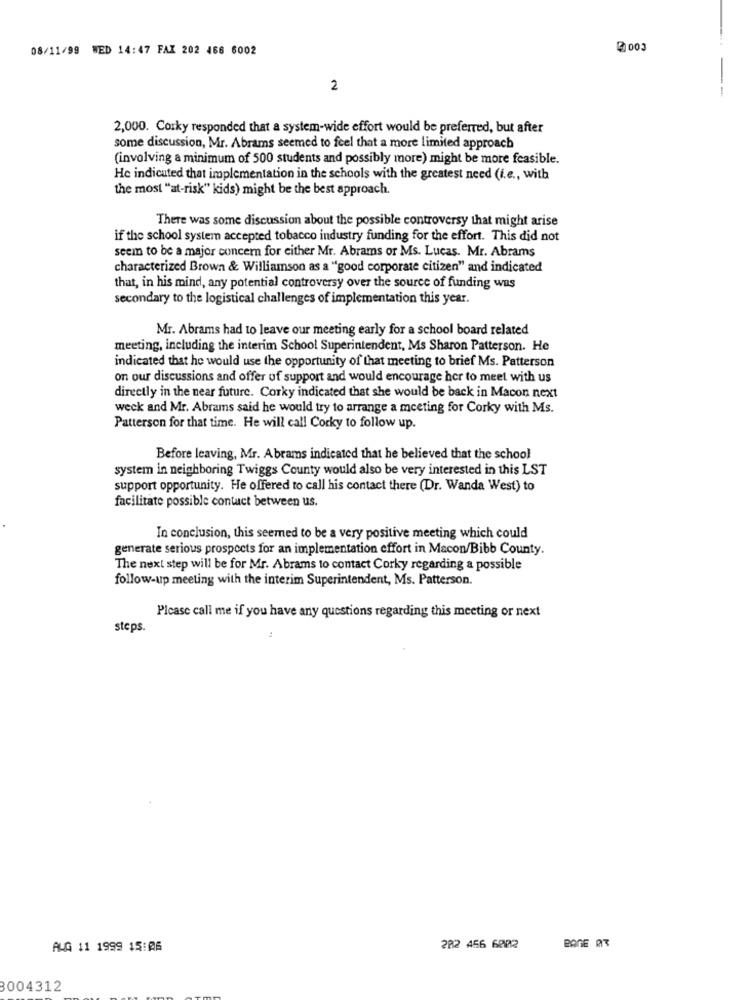
08/11/99 WED 14:47 FAX 202 466 6002
003
2
2,000. Corky responded that a system-wide effort would be preferred, but after
some discussion, Mr. Abrams seemed to feel that a more limited approach
(involving a minimum of 500 students and possibly more) might be more feasible.
He indicated that implementation in the schools with the greatest need (i.e ., with
the most "at-risk" kids) might be the best approach.
There was some discussion about the possible controversy that might arise
if the school system accepted tobacco industry funding for the effort. This did not
seem to be a major concern for either Mr. Abrams or Ms. Lucas. Mr. Abrams
characterized Brown & Williamson as a "good corporate citizen" and indicated
that, in his mind, any potential controversy over the source of funding was
secondary to the logistical challenges of implementation this year.
Mr. Abrams had to leave our meeting early for a school board related
meeting, including the interim School Superintendent, Ms Sharon Patterson. He
indicated that he would use the opportunity of that meeting to brief Ms. Patterson
on our discussions and offer of support and would encourage her to meet with us
directly in the near future. Corky indicated that she would be back in Macon next
weck and Mr. Abrams said he would try to arrange a meeting for Corky with Ms.
Patterson for that time. He will call Corky to follow up.
Before leaving, Mr. Abrams indicated that he believed that the school
system in neighboring Twiggs County would also be very interested in this LST
support opportunity. He offered to call his contact there (Dr. Wanda West) to
facilitate possible contact between us.
In conclusion, this seemed to be a very positive meeting which could
generate serious prospects for an implementation effort in Macon/Bibb County.
The next step will be for Mr. Abrams to contact Corky regarding a possible
follow-up meeting with the interim Superintendent, Ms. Patterson.
Picasc call me if you have any questions regarding this meeting or next
steps
BAGE 03
ALG 11 1999 15:06
202 456 6802
3004312